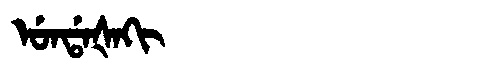
Manchu: ᡠᠨᡩᠠᡧᠠᡴᡳ
Romanization: UNDAŠAKI